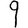
Digit: 9